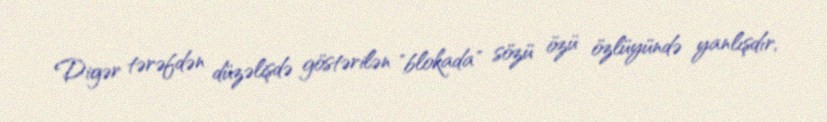
Digər tərəfdən düzəlişdə göstərilən "blokada" sözü özü özlüyündə yanlışdır,